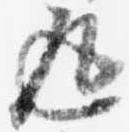
返